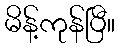
မိန့်ကုန်ပြီ။